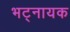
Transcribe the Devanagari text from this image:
भट्नायक